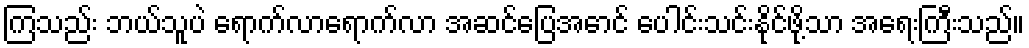
ကြသည်း ဘယ်သူပဲ ရောက်လာရောက်လာ အဆင်ပြေအောင် ပေါင်းသင်းနိုင်ဖို့သာ အရေးကြီးသည်။